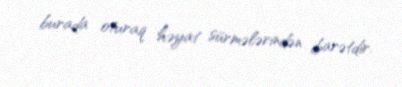
burada oturaq həyat sürmələrindən ibarətdir.